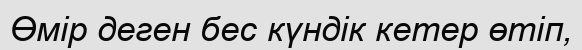
Өмір деген бес күндік кетер өтіп,